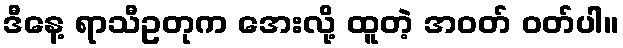
ဒီနေ့ ရာသီဥတုက အေးလို့ ထူတဲ့ အဝတ် ဝတ်ပါ။